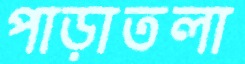
পাড়াতলা